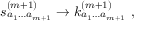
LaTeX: s _ { a _ { 1 } \ldots a _ { m + 1 } } ^ { ( m + 1 ) } \rightarrow k _ { a _ { 1 } \ldots a _ { m + 1 } } ^ { ( m + 1 ) } \ ,